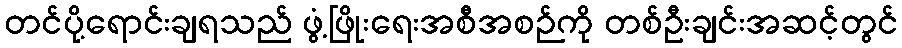
တင်ပို့ရောင်းချရသည် ဖွံ့ဖြိုးရေးအစီအစဉ်ကို တစ်ဦးချင်းအဆင့်တွင်